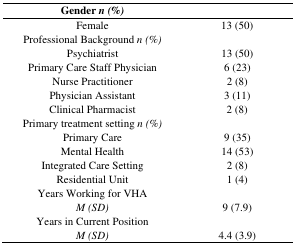
| Gendern (%) |  |
 | --- | --- |
 | Female | 13 (50) |
 | Professional Backgroundn (%) |  |
 | Psychiatrist | 13 (50) |
 | Primary Care Staff Physician | 6 (23) |
 | Nurse Practitioner | 2 (8) |
 | Physician Assistant | 3 (11) |
 | Clinical Pharmacist | 2 (8) |
 | Primary treatment settingn (%) |  |
 | Primary Care | 9 (35) |
 | Mental Health | 14 (53) |
 | Integrated Care Setting | 2 (8) |
 | Residential Unit | 1 (4) |
 | Years Working for VHA |  |
 | M (SD) | 9 (7.9) |
 | Years in Current Position |  |
 | M (SD) | 4.4 (3.9) |